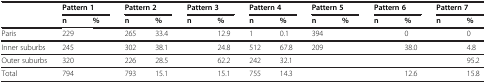
<table><thead><tr><td rowspan="2">[EMPTY_CELL]</td><td colspan="2"><b>Pattern 1</b></td><td colspan="2"><b>Pattern 2</b></td><td colspan="2"><b>Pattern 3</b></td><td colspan="2"><b>Pattern 4</b></td><td colspan="2"><b>Pattern 5</b></td><td colspan="2"><b>Pattern 6</b></td><td colspan="2"><b>Pattern 7</b></td></tr><tr><td><b>n</b></td><td><b>%</b></td><td><b>n</b></td><td><b>%</b></td><td><b>n</b></td><td><b>%</b></td><td><b>n</b></td><td><b>%</b></td><td><b>n</b></td><td><b>%</b></td><td><b>n</b></td><td><b>%</b></td><td><b>n</b></td><td><b>%</b></td></tr></thead><tbody><tr><td>Paris</td><td>229</td><td>[EMPTY_CELL]</td><td>265</td><td>33.4</td><td>[EMPTY_CELL]</td><td>12.9</td><td>1</td><td>0.1</td><td>394</td><td>[EMPTY_CELL]</td><td>[EMPTY_CELL]</td><td>0</td><td>[EMPTY_CELL]</td><td>0</td></tr><tr><td>Inner suburbs</td><td>245</td><td>[EMPTY_CELL]</td><td>302</td><td>38.1</td><td>[EMPTY_CELL]</td><td>24.8</td><td>512</td><td>67.8</td><td>209</td><td>[EMPTY_CELL]</td><td>[EMPTY_CELL]</td><td>38.0</td><td>[EMPTY_CELL]</td><td>4.8</td></tr><tr><td>Outer suburbs</td><td>320</td><td>[EMPTY_CELL]</td><td>226</td><td>28.5</td><td>[EMPTY_CELL]</td><td>62.2</td><td>242</td><td>32.1</td><td>[EMPTY_CELL]</td><td>[EMPTY_CELL]</td><td>[EMPTY_CELL]</td><td>[EMPTY_CELL]</td><td>[EMPTY_CELL]</td><td>95.2</td></tr><tr><td>Total</td><td>794</td><td>[EMPTY_CELL]</td><td>793</td><td>15.1</td><td>[EMPTY_CELL]</td><td>15.1</td><td>755</td><td>14.3</td><td>[EMPTY_CELL]</td><td>[EMPTY_CELL]</td><td>[EMPTY_CELL]</td><td>12.6</td><td>[EMPTY_CELL]</td><td>15.8</td></tr></tbody></table>